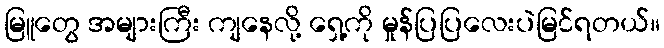
မြူတွေ အများကြီး ကျနေလို့ ရှေ့ကို မှုန်ပြပြလေးပဲမြင်ရတယ်။